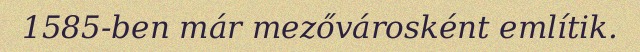
1585-ben már mezővárosként említik.